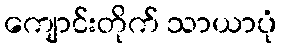
ကျောင်းတိုက် သာယာပုံ